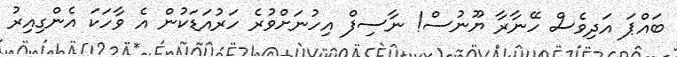
ބައްޕަ އަދިވެސް ހޭނާރާ ޔޫނުސް! ނާސިފް އިހުނަށްވުރެ ހަރުއަޑަކުން އެ ވާހަކަ އެންގިއިރު